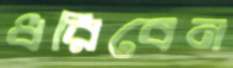
ধরিবেন